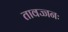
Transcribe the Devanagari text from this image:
तावज्जनः